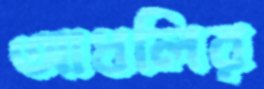
আধলির